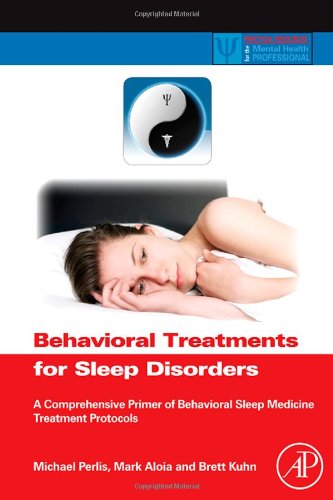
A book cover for Behavioral Treatments for Sleep Disorders: A Comprehensive Primer of Behavioral Sleep Medicine Interventions (Practical Resources for the Mental Health Professional); Health, Fitness & Dieting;